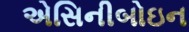
એસિનીબોઇન